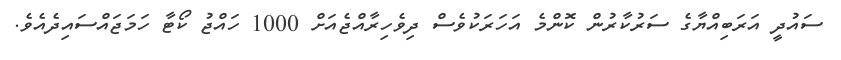
ސައުދީ އަރަބިއްޔާގެ ސަރުކާރުން ކޮންމެ އަހަރަކުވެސް ދިވެހިރާއްޖެއަށް 1000 ހައްޖު ކޯޓާ ހަމަޖައްސައިދެއެވެ.